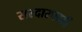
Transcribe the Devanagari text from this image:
सरदारपदही